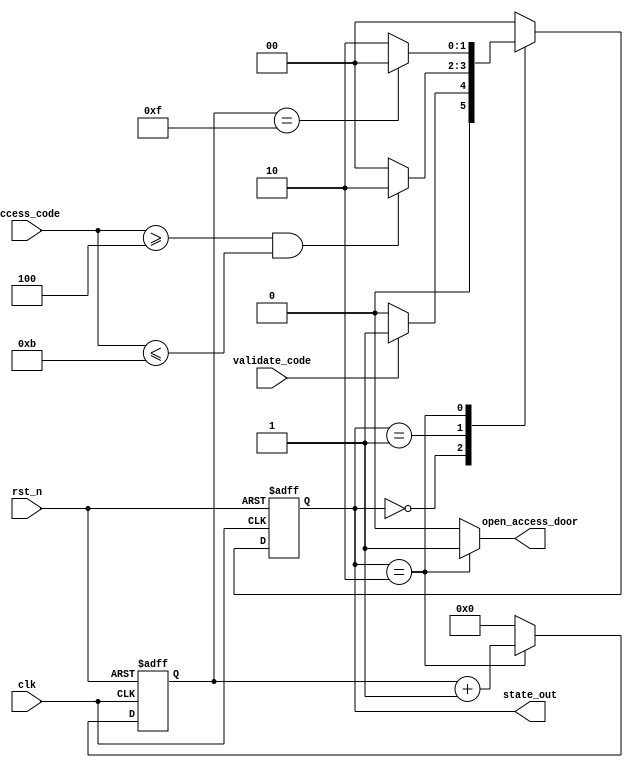

module fsm1(
        input clk,
		input rst_n,
		input validate_code,
		input [3:0] access_code,     // 4bit Metro access code
		output reg open_access_door,
		output [1:0] state_out       // used for debug
        );
    
	// Declare the state values as parameters
	parameter [1:0] IDLE           = 2'b0,
	                CHECK_CODE     = 2'b01,
					ACCESS_GRANTED = 2'b10;
					
					
	// Declare the logic for the state machine
	reg [1:0] state;      // the sequential part
	reg [1:0] next_state; // the combinational part
	
	reg [3:0] timer;      // the counter that keeps the gate open
    
	// Next state logic
	always @(*) begin
	    next_state = IDLE;     // default values
		open_access_door = 0;  // door is closed
	    case (state)
		    IDLE           : begin
			                    if (validate_code) next_state = CHECK_CODE;
							end
		    CHECK_CODE     : begin
			                    if ((access_code >= 4'd4) && (access_code <= 4'd11)) 
								    next_state = ACCESS_GRANTED;
							end 
		    ACCESS_GRANTED : begin
			                    open_access_door = 1;
							    if (timer == 4'hF) next_state = IDLE;
								else                next_state = ACCESS_GRANTED;
							end
		    default: next_state = IDLE; // best practice
		endcase
	end
	
	// State sequencer logic
	always @(posedge clk or negedge rst_n) begin
	    if(!rst_n)
		    state <= IDLE;
	    else
		    state <= next_state;
	end
	
	assign state_out = state; // connect with output port
	
	// Timer logic
	always @(posedge clk or negedge rst_n) begin
	    if(!rst_n)
		    timer <= 0;
	    else if (state == ACCESS_GRANTED)
		    timer <= timer + 1'b1; // increment timer only in this state
	    else
		    timer <= 0;
	end
	
endmodule